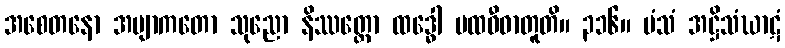
အစေတနော အဗျာကတော သုညော နိဿတ္တော ထဒ္ဓေါ ပထဝီဓာတူတိ။ ၃၁၆။ မံသံ အဋ္ဌိသံဃာဋံ